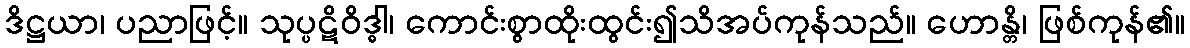
ဒိဋ္ဌယာ၊ ပညာဖြင့်။ သုပ္ပဋိဝိဒ္ဓါ၊ ကောင်းစွာထိုးထွင်း၍သိအပ်ကုန်သည်။ ဟောန္တိ၊ ဖြစ်ကုန်၏။